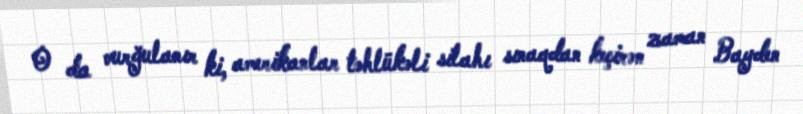
O da vurğulanır ki, amerikanlar təhlükəli silahı sınaqdan keçirən zaman Bayden